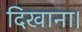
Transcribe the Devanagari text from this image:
दिखाना।